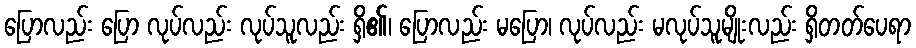
ပြောလည်း ပြော လုပ်လည်း လုပ်သူလည်း ရှိ၏၊ ပြောလည်း မပြော၊ လုပ်လည်း မလုပ်သူမျိုးလည်း ရှိတတ်ပေရာ